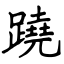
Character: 蹺